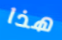
هذا